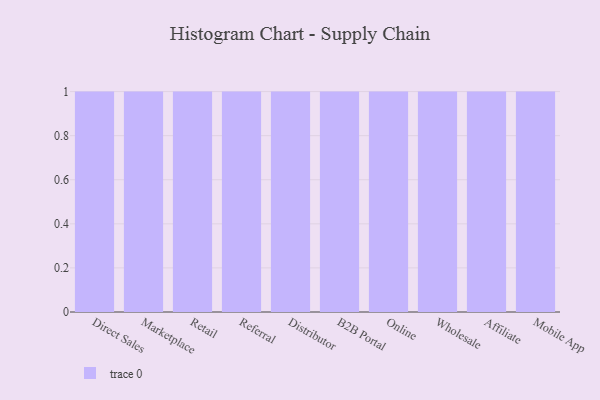
{"axis": {"x": "Channel", "y": "LTV (USD)"}, "legend": [""], "data": [{"x": "Direct Sales", "y": 28, "type": ""}, {"x": "Marketplace", "y": 67, "type": ""}, {"x": "Retail", "y": 39, "type": ""}, {"x": "Referral", "y": 88, "type": ""}, {"x": "Distributor", "y": 42, "type": ""}, {"x": "B2B Portal", "y": 19, "type": ""}, {"x": "Online", "y": 95, "type": ""}, {"x": "Wholesale", "y": 29, "type": ""}, {"x": "Affiliate", "y": 74, "type": ""}, {"x": "Mobile App", "y": 94, "type": ""}]}